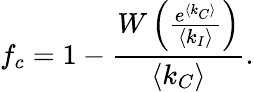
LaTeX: f_{c}=1-\frac{W\left(\frac{e^{\langle k_{C}\rangle}}{\langle k_{I}\rangle}\right)}{\langle k_{C}\rangle}.